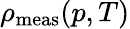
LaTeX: \rho_{\mathrm{meas}}(p,T)